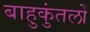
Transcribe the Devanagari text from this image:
बाहुकुंतलों